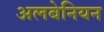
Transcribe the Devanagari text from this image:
अलबेनियन